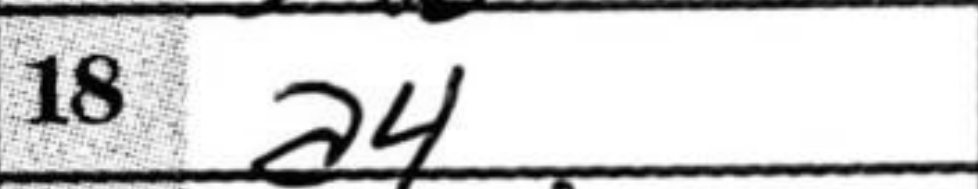
Transcription: a4